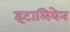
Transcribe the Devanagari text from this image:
इटालियेन